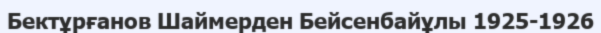
Бектұрғанов Шаймерден Бейсенбайұлы 1925-1926